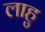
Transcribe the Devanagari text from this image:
लाहु